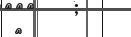
٦